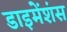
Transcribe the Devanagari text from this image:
डाइमेंशंस